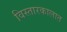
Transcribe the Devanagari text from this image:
विस्तारकालात